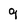
Character: 9